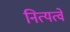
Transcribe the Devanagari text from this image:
नित्यत्वे